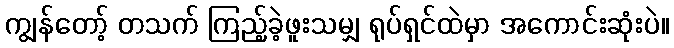
ကျွန်တော့် တသက် ကြည့်ခဲ့ဖူးသမျှ ရုပ်ရှင်ထဲမှာ အကောင်းဆုံးပဲ။